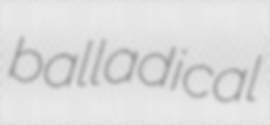
balladical